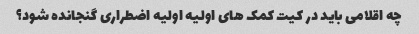
چه اقلامی باید در کیت کمک های اولیه اولیه اضطراری گنجانده شود؟